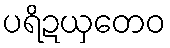
ပရိဍယှတေဝ